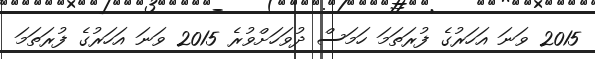
2015 ވަނަ އަހަރުގެ ފުރަތަމަ ހަމަސް ދުވަހަށްވުރެ 2015 ވަނަ އަހަރުގެ ފުރަތަމަ